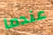
عندما